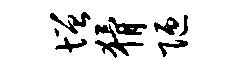
增猾陋